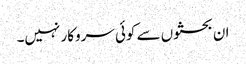
ان بحثوں سے کوئی سروکار نہیں۔